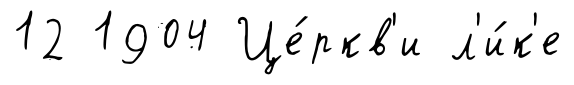
12 1904 Це́ркв'и л'и́к'е